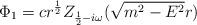
LaTeX: \begin{align*}\Phi _1=cr^{\frac 12}Z_{\frac 12-i\omega }(\sqrt{m^2-E^2}r)\end{align*}